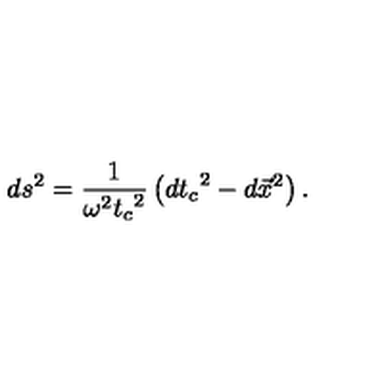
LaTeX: d s ^ { 2 } = \frac { 1 } { \omega ^ { 2 } { t _ { c } } ^ { 2 } } \left( { d t _ { c } } ^ { 2 } - d \vec { x } ^ { 2 } \right) .